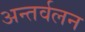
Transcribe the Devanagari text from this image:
अन्तर्वलन